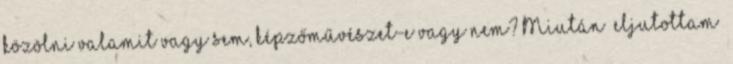
közölni valamit vagy sem, képzőművészet-e vagy nem? Miután „eljutottam”